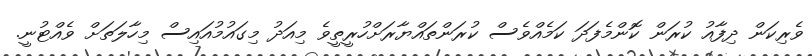
ވެރިކަން ދިފާއު ކުރަން ކޮންމެފަދަ ކަމެއްވެސް ކުރަންތައްޔާރަށްހުރީތީވެ މިއަދު މިގައުމުއައިސް މިހާލަަތަށް ވެއްޓުނީ.